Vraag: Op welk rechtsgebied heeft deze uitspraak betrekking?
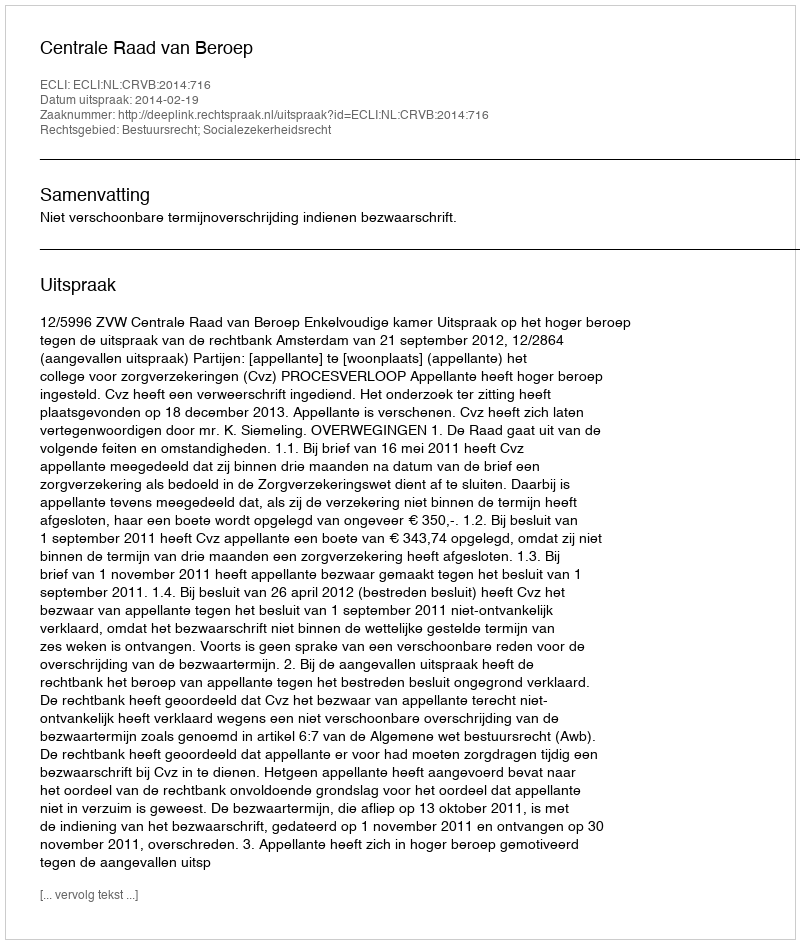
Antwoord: Bestuursrecht; Socialezekerheidsrecht